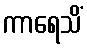
ကာရေသိံ